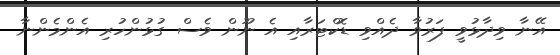
އޭނާ ވިދާޅުވީ ފަރުވާ ދެއްވި ޑޮކްޓަރާއި އެ ނޫން ވެސް ގުޅުންހުރި އެންމެންނާ